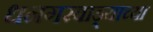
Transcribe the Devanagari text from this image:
धनगरवाड्याच्या